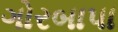
ગોરબાપા